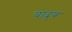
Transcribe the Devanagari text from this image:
यादुब